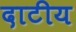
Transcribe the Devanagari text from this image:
दाटीय